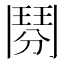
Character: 𩰏